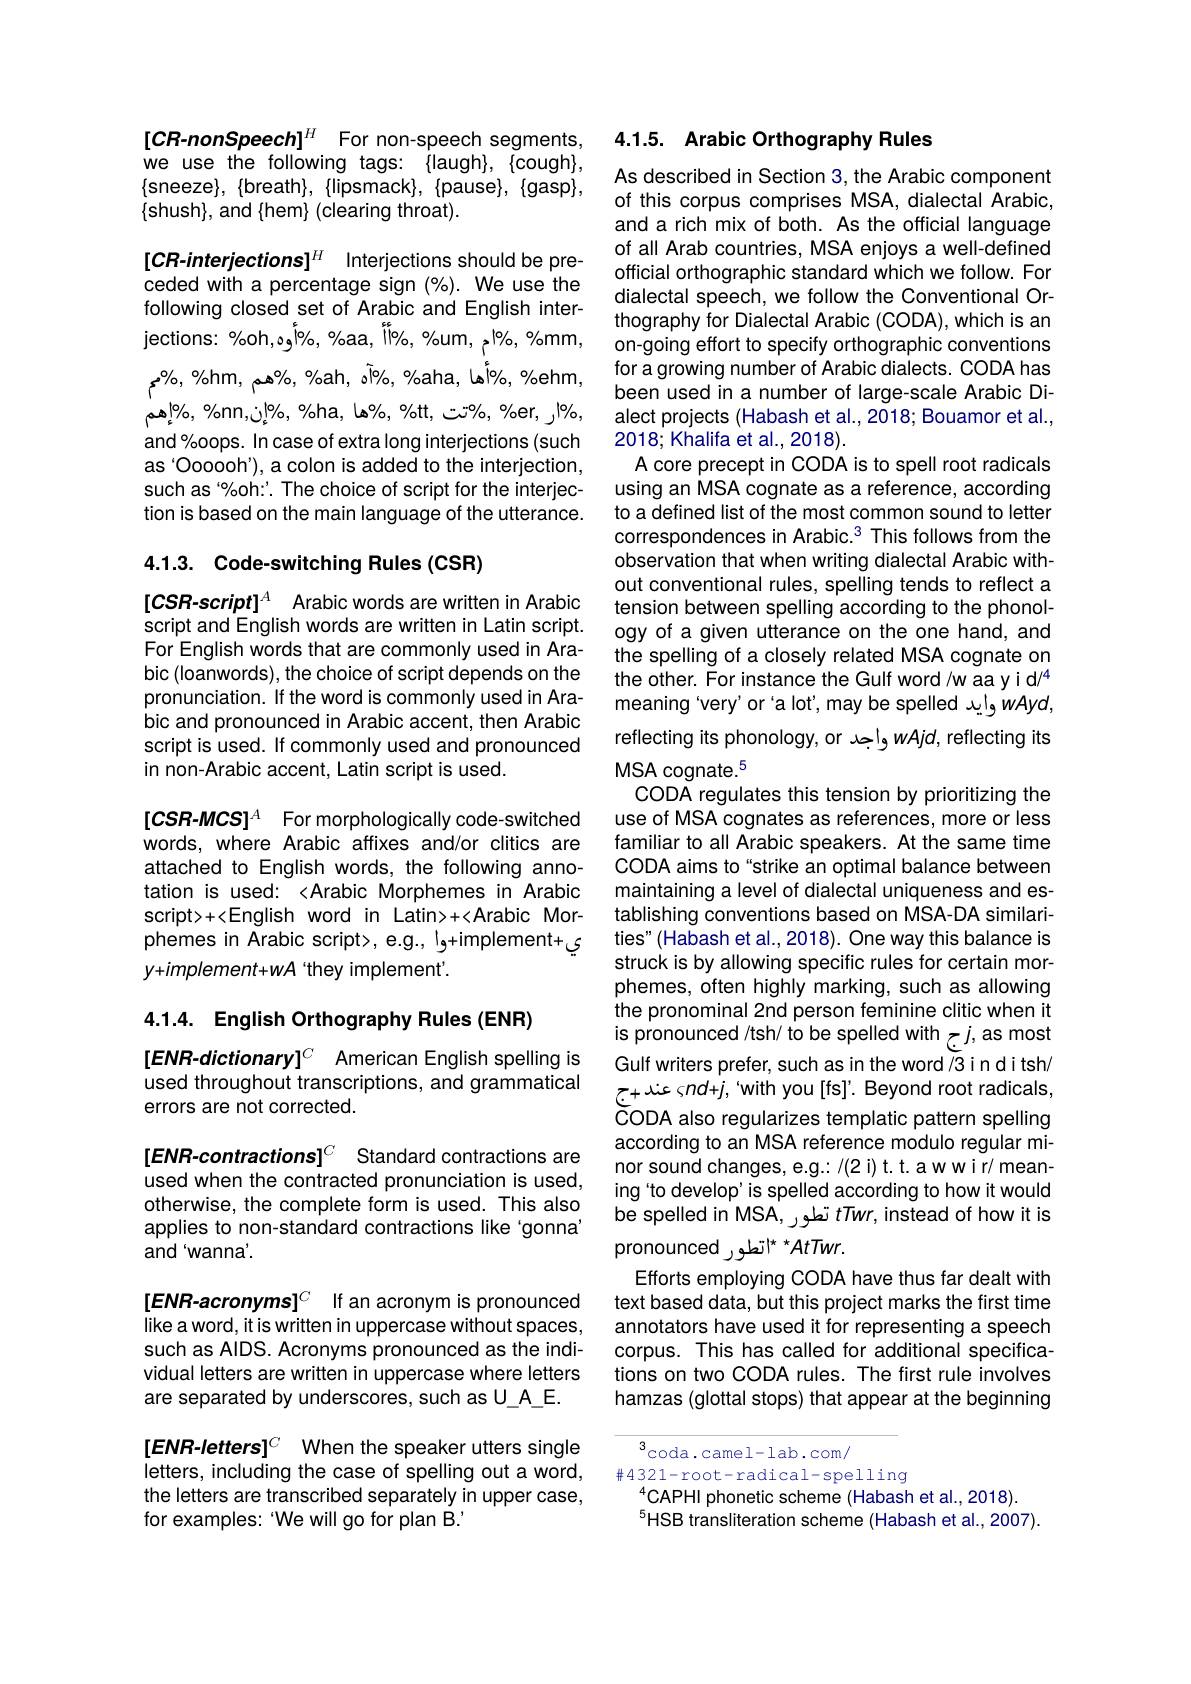
$[ CR- nonSpeech] ^H$ For non-speech segments, we use the following tags: {llaugh}, {cough}, $\{$shush$\}$,and$\{$hem$\}$(clearing throat).

$[ CR- interjections] ^H$ Interjections should be pre- ceded with a percentage sign (%). We use the following closed set of Arabic and English interjections: %oh,ogl%, %aa, ll%, %um, pl%, %mm, $\%$, %nn, jolo, %, %, % a, lo%, % tt, ت%, %er, ر$^{|0/6,}$ and%oops. In case of extra long interjections (such as'Oooooh'), a colon is added to the interjection, such as "%oh:'. The choice of script for the interjection is based on the main language of the utterance.

### 4.1.3. Code-switching Rules (CSR)

$[CSR-script]^A$ Arabic words are written in Arabic script and English words are written in Latin script. For English words that are commonly used in Arabic (loanwords), the choice of script depends on the pronunciation. If the word is commonly used in Arabic and pronounced in Arabic accent, then Arabic script is used. If commonly used and pronounced in non-Arabic accent, Latin script is used.

$[ CSR- MCS] ^A$ For morphologically code-switched words, where Arabic affixes and/or clitics are attached to English words, the following annotation is used: <Arabic Morphemes in Arabic script>+<English word in Latin>+<Arabic Morphemes in Arabic script>, e.g., l g+implement+ $\xi$ $y+implement+wA$ 'they implement'.

4.1.4. English Orthography Rules (ENR)

$[ ENR- dictionary] ^C$ AmericanEnglishspellingis used throughout transcriptions, and grammatical errors are not corrected.

$[ENR-contractions]^C Standard contractions are$ used when the contracted pronunciation is used, otherwise, the complete form is used. This also applies to non-standard contractions like 'gonna' and 'wanna'.

$[ ENR- acronyms] ^C$ If an acronym is pronounced like a word, it is written in uppercase without spaces, such as AlDS. Acronyms pronounced as the individual letters are written in uppercase where letters are separated by underscores, such as U A\_E.

$[ ENR- letters] ^C$ When the speaker utters single letters, including the case of spelling out a word, the letters are transcribed separately in upper case, for examples: 'We will go for plan B.

## 4.1.5. Arabic Orthography Rules

As described in Section 3, the Arabic component of this corpus comprises MSA, dialectal Arabic, and a rich mix of both. As the official language of all Arab countries, MSA enjoys a well-defined official orthographic standard which we follow. For dialectal speech, we follow the Conventional Orthography for Dialectal Arabic (CODA), which is an on-going effort to specify orthographic conventions for a growing number of Arabic dialects. CODA has been used in a number of large-scale Arabic Dialect projects (Habash et al., 2018; Bouamor et al., 2018;Khalifa et al., 2018).
A core precept in CODA is to spell root radicals using an MSA cognate as a reference, according to a defined list of the most common sound to letter correspondences in Arabic.3 This follows from the observation that when writing dialectal Arabic without conventional rules, spelling tends to reflect a tension between spelling according to the phonology of a given utterance on the one hand, and the spelling of a closely related MSA cognate on the other. For instance the Gulf word /w aa y i d/4 meaning 'very'or'alot',may be spelled wAyd, reflecting its phonology, or wAjd, reflecting its MSA cognate.$^{5}$
CODA regulates this tension by prioritizing the use of MSA cognates as references, more or less familiar to all Arabic speakers. At the same time CODA aims to "strike an optimal balance between maintaining a level of dialectal uniqueness and establishing conventions based on MSA-DA similarities" (Habash et al., 2018). One way this balance is struck is by allowing specific rules for certain morphemes, often highly marking, such as allowing the pronominal 2nd person feminine clitic when it is pronounced /tsh/ to be spelled with $j$,as most Gulf writers prefer, such as in the word $\widetilde{3}$ in ditsh/ $cix+z$ s $nd+j$, 'with you [fs]'. Beyond root radicals, CODA also regularizes templatic pattern spelling according to an MSA reference modulo regular minor sound changes, e.g.: /(2 i) t. t. a w w i r/ meaning 'to develop' is spelled according to how it would be spelled in MSA, تطور $tTwr$, instead of how it is pronounced تطور $^{*}AtTwr.$
Efforts employing CODA have thus far dealt with text based data, but this project marks the first time annotators have used it for representing a speech corpus. This has called for additional specifications on two CODA rules. The first rule involves hamzas (glottal stops) that appear at the beginning

${^3}$coda.camel-lab.com/
$\#4321-$root-radical-spelling
$^{4}$CAPHI phonetic scheme(Habash et al.,2018).
$^{5}$HSB transliteration scheme (Habash et al., 2007).